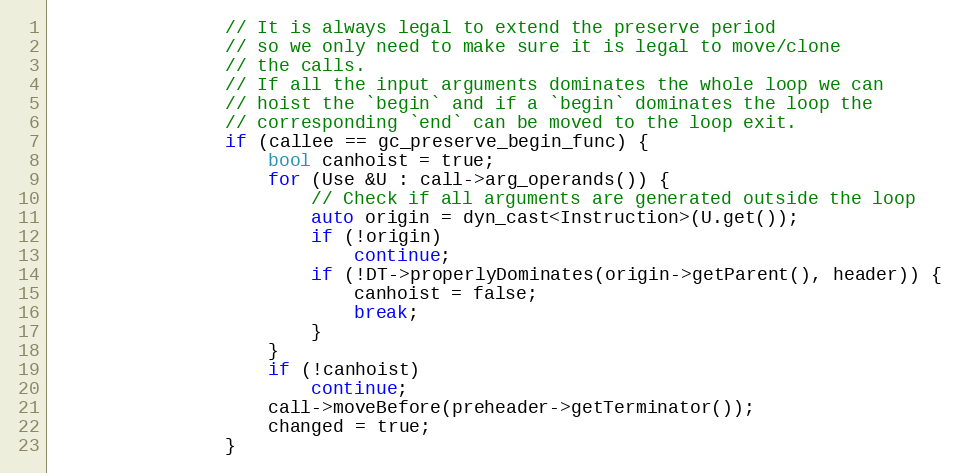
Language: C++
                // It is always legal to extend the preserve period
                // so we only need to make sure it is legal to move/clone
                // the calls.
                // If all the input arguments dominates the whole loop we can
                // hoist the `begin` and if a `begin` dominates the loop the
                // corresponding `end` can be moved to the loop exit.
                if (callee == gc_preserve_begin_func) {
                    bool canhoist = true;
                    for (Use &U : call->arg_operands()) {
                        // Check if all arguments are generated outside the loop
                        auto origin = dyn_cast<Instruction>(U.get());
                        if (!origin)
                            continue;
                        if (!DT->properlyDominates(origin->getParent(), header)) {
                            canhoist = false;
                            break;
                        }
                    }
                    if (!canhoist)
                        continue;
                    call->moveBefore(preheader->getTerminator());
                    changed = true;
                }